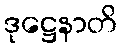
ဒုဋ္ဌေနာတိ